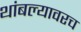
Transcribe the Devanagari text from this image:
थांबल्यावरच